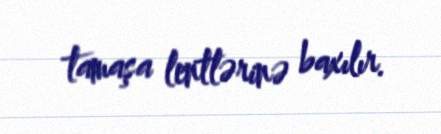
tamaşa lentlərinə baxılır.